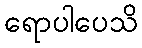
ရောပါပေသိ